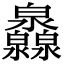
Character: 灥